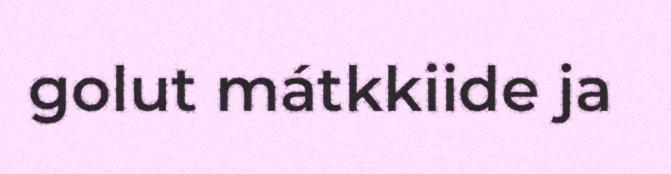
golut mátkkiide ja